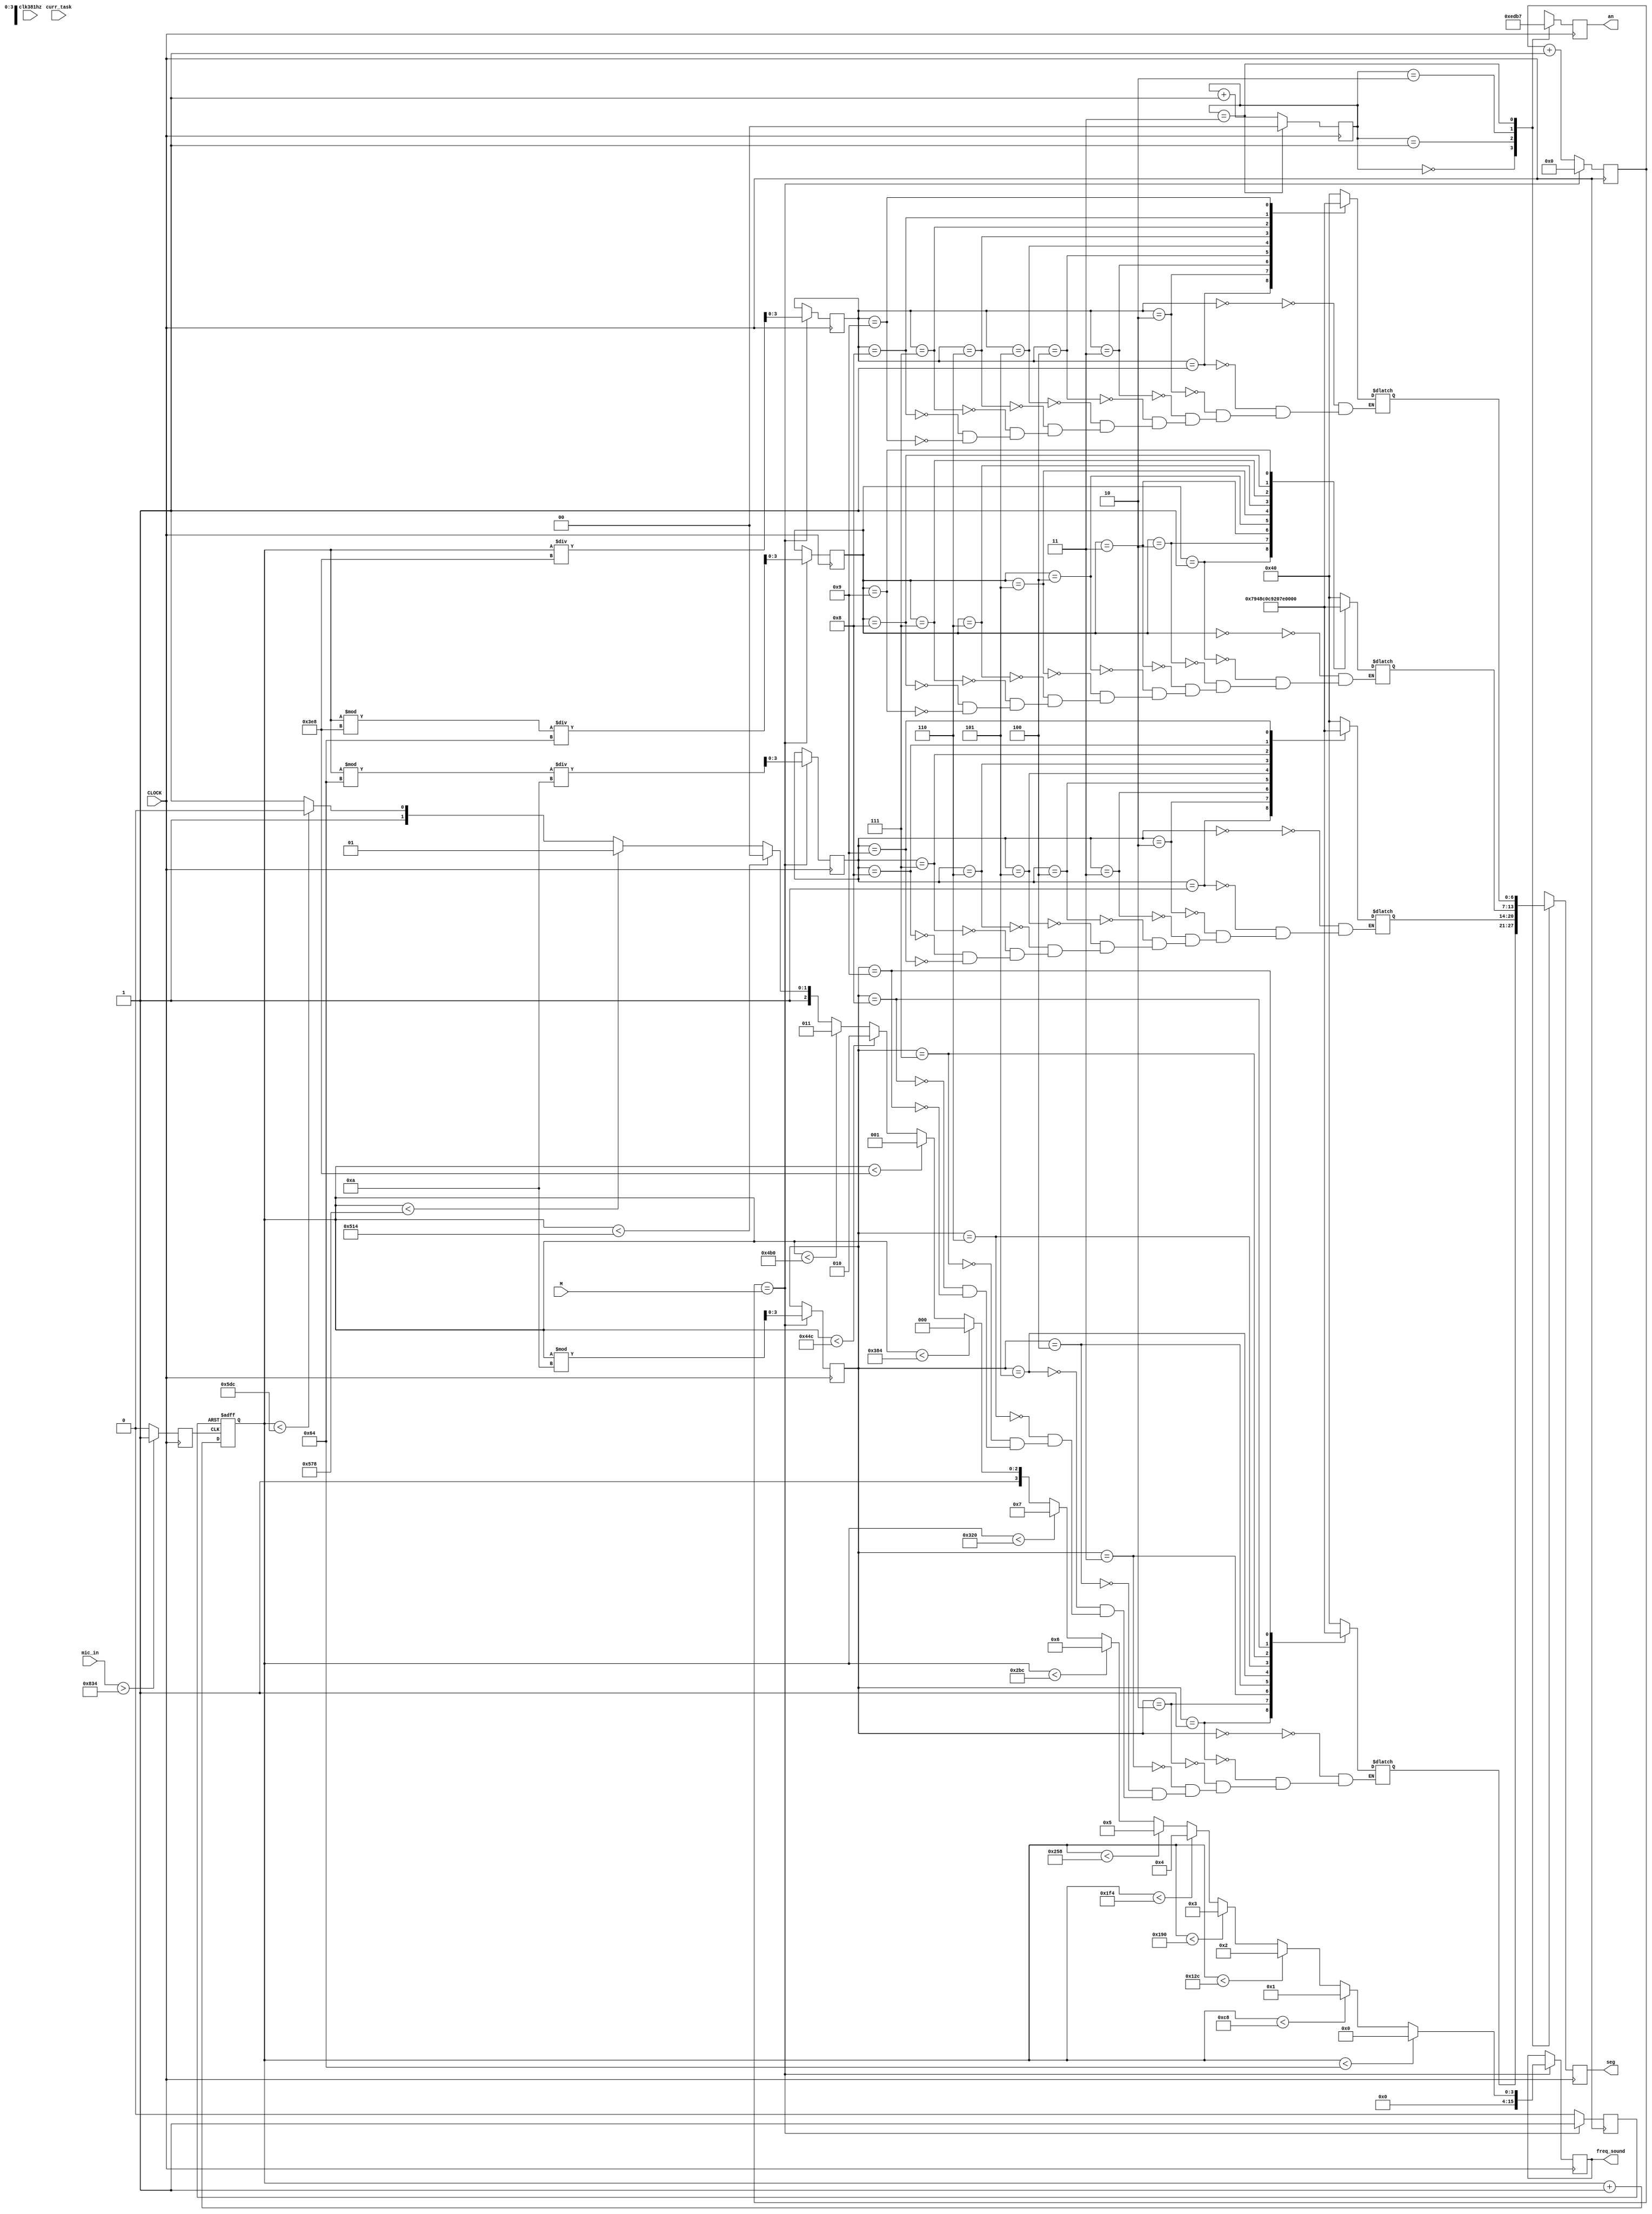
`timescale 1ns / 1ps

module sound_freq(input [3:0]curr_task, input clk381hz, input CLOCK, input [15:0] mic_in, input [31:0]M, output [3:0]an, output [6:0]seg, output reg [15:0]freq_sound = 0);
    reg [3:0]AN = 4'b1111;
    reg [6:0]SEG = 7'b1111111;
    reg [6:0]seg_0 = 7'b1111111; //This one is for an[0]
    reg [6:0]seg_1 = 7'b1111111; //This one is for an[1]
    reg [6:0]seg_2 = 7'b1111111; //This one is for an[2]
    reg [6:0]seg_3 = 7'b1111111; //This one is for an[3]
    reg [6:0]num0 = 7'b1000000;
    reg [6:0]num1 = 7'b1111001; 
    reg [6:0]num2 = 7'b0100100; 
    reg [6:0]num3 = 7'b0110000; 
    reg [6:0]num4 = 7'b0011001; 
    reg [6:0]num5 = 7'b0010010; 
    reg [6:0]num6 = 7'b0000011; 
    reg [6:0]num7 = 7'b1111000; 
    reg [6:0]num8 = 7'b0000000; 
    reg [6:0]num9 = 7'b0011000; 
    reg [31:0]counter1 = 0;
    reg period = 0;
    reg [1:0]sequence = 0;
    reg [12:0]counter2 = 0;
    reg [31:0]frequency = 0;
    reg [3:0]frequency_0 = 0;
    reg [3:0]frequency_1 = 0;
    reg [3:0]frequency_2 = 0;
    reg [3:0]frequency_3 = 0;
    reg reset = 0;                                          //Reset Frequency 5Hz
    
    
    always @ (posedge period, posedge reset) begin
        if (reset == 1)
            counter2 <= 0;
        else 
            counter2 <= counter2 + 1;
    end
    
    always @ (posedge CLOCK) begin
        reset = 0;
        if(mic_in > 2100) period <= 1;                      //Prominent Sound is Produced
        else period <= 0;               
        
        counter1 <= (counter1 == M) ? 0 : counter1 +1;             
        
        if(counter1 == M)                                   
        begin
            frequency = counter2;                       //Counter in 0.2s, thus frequency mutliplied by 5 to get frequency in 1 second
            reset = 1;
            
            if      (frequency < 100) freq_sound = 0;
            else if (frequency < 200) freq_sound = 16'd1;
            else if (frequency < 300) freq_sound = 16'd2;
            else if (frequency < 400) freq_sound = 16'd3;
            else if (frequency < 500) freq_sound = 16'd4;
            else if (frequency < 600) freq_sound = 16'd5;
            else if (frequency < 700) freq_sound = 16'd6;
            else if (frequency < 800) freq_sound = 16'd7;
            else if (frequency < 900) freq_sound = 16'd8;
            else if (frequency < 1000) freq_sound = 16'd9;
            else if (frequency < 1100) freq_sound = 16'd10;
            else if (frequency < 1200) freq_sound = 16'd11;
            else if (frequency < 1300) freq_sound = 16'd12;
            else if (frequency < 1400) freq_sound = 16'd13;
            else if (frequency < 1500) freq_sound = 16'd14;
            else if (frequency < 1600) freq_sound = 16'd15;
            else                       freq_sound = 16'd15; 
            
            frequency_3 <= (frequency / 1000); //Gets me the 1000s digit
            frequency_2 <= ((frequency % 1000) / 100); //Gets me the 100s digit
            frequency_1 <= ((frequency % 100) / 10); //Get me the 10s digit
            frequency_0 <= (frequency % 10); //Get me the 1s digit
        end
    end
    
    always @ (frequency) begin //Whenever frequency changes, values displayed in segment also changes
        case(frequency_0) //extract the first digit of the frequency
        0: seg_0 <= num0;
        1: seg_0 <= num1;
        2: seg_0 <= num2;
        3: seg_0 <= num3;
        4: seg_0 <= num4;
        5: seg_0 <= num5;
        6: seg_0 <= num6;
        7: seg_0 <= num7;
        8: seg_0 <= num8;
        9: seg_0 <= num9;
        endcase
        
        case(frequency_1)
        0: seg_1 <= num0;
        1: seg_1 <= num1;
        2: seg_1 <= num2;
        3: seg_1 <= num3;
        4: seg_1 <= num4;
        5: seg_1 <= num5;
        6: seg_1 <= num6;
        7: seg_1 <= num7;
        8: seg_1 <= num8;
        9: seg_1 <= num9;
        endcase
        
        case(frequency_2)
        0: seg_2 <= num0;
        1: seg_2 <= num1;
        2: seg_2 <= num2;
        3: seg_2 <= num3;
        4: seg_2 <= num4;
        5: seg_2 <= num5;
        6: seg_2 <= num6;
        7: seg_2 <= num7;
        8: seg_2 <= num8;
        9: seg_2 <= num9;
        endcase
        
        case(frequency_3)
        0: seg_3 <= num0;
        1: seg_3 <= num1;
        2: seg_3 <= num2;
        3: seg_3 <= num3;
        4: seg_3 <= num4;
        5: seg_3 <= num5;
        6: seg_3 <= num6;
        7: seg_3 <= num7;
        8: seg_3 <= num8;
        9: seg_3 <= num9;
        endcase
    end
    
    always @ (posedge CLOCK) begin
       sequence <= (sequence == 3) ? 0 : sequence + 1;
       case(sequence) //Each number in the sequence represent the anode that is to be turned on
       0: begin
       AN <= 4'b1110;
       SEG <= seg_0;
       end
       1: begin
       AN <= 4'b1101;
       SEG <= seg_1;
       end
       2: begin
       AN <= 4'b1011; 
       SEG <= seg_2;
       end
       3: begin
       AN <= 4'b0111;
       SEG <= seg_3;
       end
       endcase
    end
    
    assign an = AN;
    assign seg = SEG;
endmodule